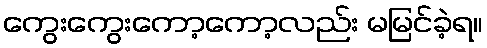
ကွေးကွေးကော့ကော့လည်း မမြင်ခဲ့ရ။